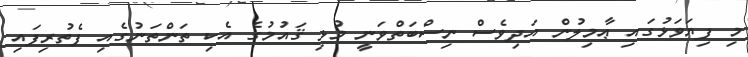
މި ފިޔަވަޅުގައި ޢާމިލުން އަދިވެސް ނިސްބަތްވަނީ މުޅި ޤައުމުގެ އެކި ތަންތަނުގެއި ފެތުރިފައި